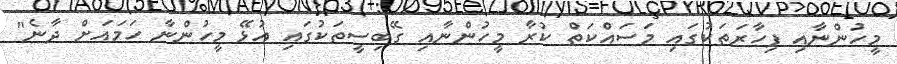
މީހުންނާއި ފިހާރަތަކުގައި މަސައްކަތް ކުރާ މީހުންނާއި ގޭބިސީތަކުގައި އުޅޭ މީހުންނާ ހަމައަށް ދާނެ"